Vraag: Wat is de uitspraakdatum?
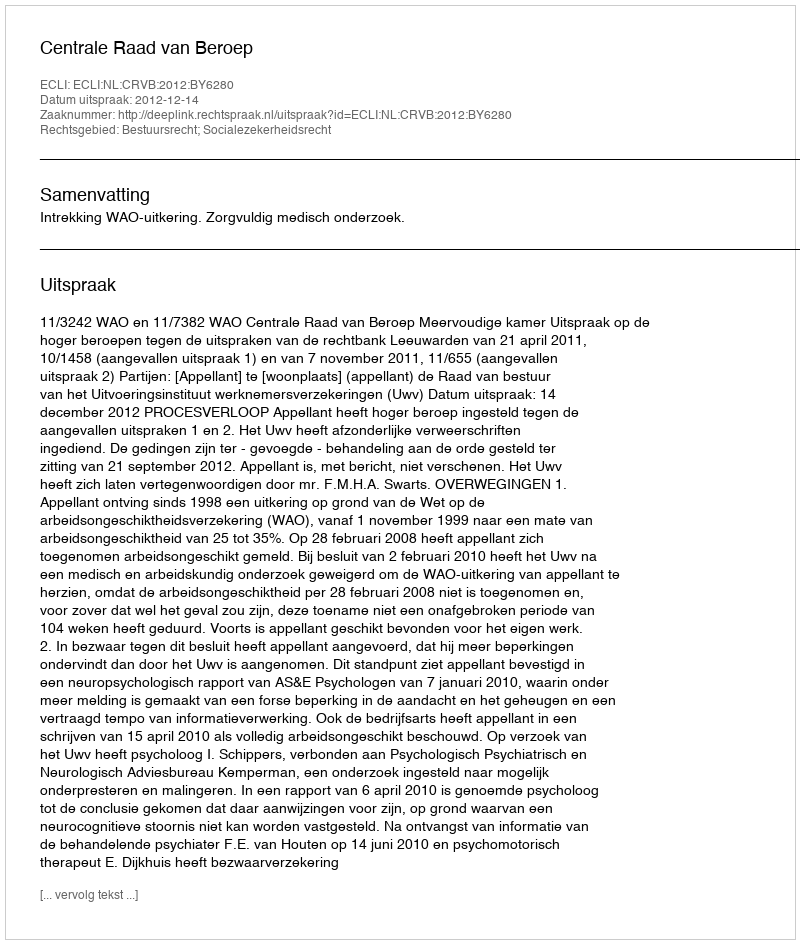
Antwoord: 2012-12-14